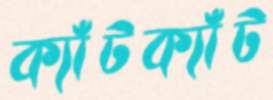
ক্যাঁটক্যাঁট